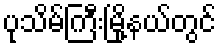
ပုသိမ်ကြီးမြို့နယ်တွင်